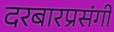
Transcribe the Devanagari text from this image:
दरबारप्रसंगी